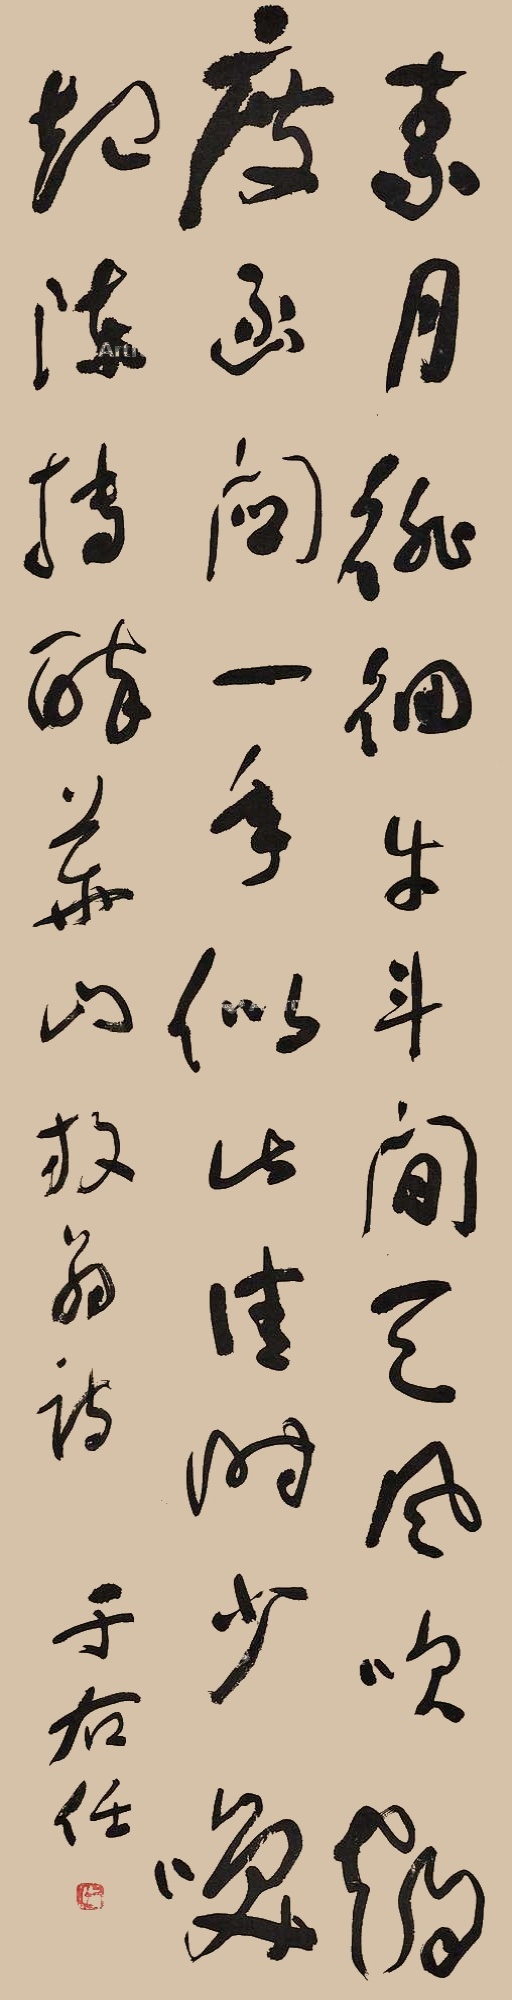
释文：素月徘徊牛斗间，天风吹鹤度函关。一年似此佳时少，唤起陈抟醉华山。放翁诗，于右任。